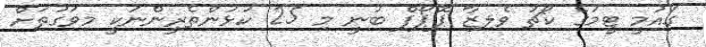
ގައުމީ ޓީމުގެ ކޯޗު ވެލިޒާ ޕޮޕޯފް ބުނީ މި 25 ކުޅުންތެރީންނަކީ މިވަގުތަށް